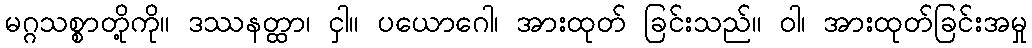
မဂ္ဂသစ္စာတို့ကို။ ဒဿနတ္ထာ၊ ငှါ။ ပယောဂေါ၊ အားထုတ် ခြင်းသည်။ ဝါ၊ အားထုတ်ခြင်းအမှု